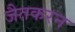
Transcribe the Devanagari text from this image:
जैतकरन